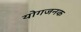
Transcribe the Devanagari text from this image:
योगजनक